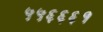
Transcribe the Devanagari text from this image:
५५६६६१